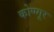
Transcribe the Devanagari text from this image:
कोण्गूर